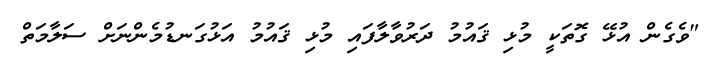
"ވެގެން އުޅޭ ގޮތަކީ މުޅި ޤައުމު ދަރުވާލާފައި މުޅި ޤައުމު އަޅުގަނޑުމެންނަށް ސަލާމަތް